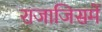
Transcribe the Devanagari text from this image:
राजाजिसमें